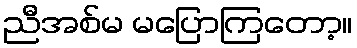
ညီအစ်မ မပြောကြတော့။